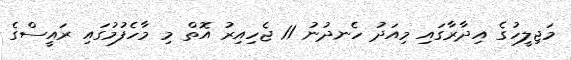
މަޖިލީހުގެ އިދާރާގައި މިއަދު ހެނދުނު 11 ޖެހިއިރު އޮތް މި މާހެފުމުގައި ރައީސްގެ